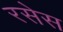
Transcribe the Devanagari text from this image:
रसेस